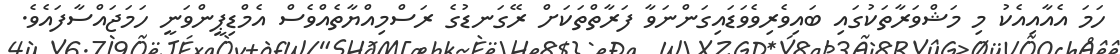
ހަމަ އެއާއިއެކު މި މަޝްވަރާތަކުގައި ބައިވެރިވެވަޑައިގަންނަވާ ފަރާތްތަކަށް ރޭގަނޑުގެ ރަސްމިއްޔާތެއްވެސް އެމްޑިޕީންވަނީ ހަމަޖައްސާފައެވެ.